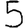
Digit: 5